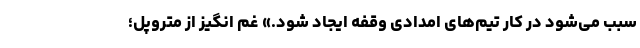
سبب می‌شود در کار تیم‌های امدادی وقفه ایجاد شود.» غم انگیز از متروپل؛